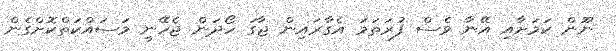
ނޫން ކަމަށާއި އޭނާ ވެސް ފުރަތަމަ އެގާރައިން ޖާގަ ހޯދަން ޖެހޭނީ މަސައްކަތްކޮށްގެން